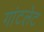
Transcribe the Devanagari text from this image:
गांटलेट